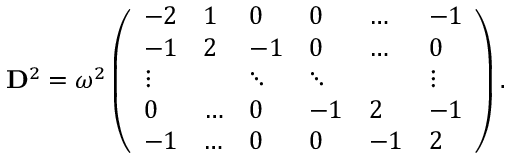
\mathbf { D } ^ { 2 } = \omega ^ { 2 } \left( \begin{array} { l l l l l l } { - 2 } & { 1 } & { 0 } & { 0 } & { \ldots } & { - 1 } \\ { - 1 } & { 2 } & { - 1 } & { 0 } & { \ldots } & { 0 } \\ { \vdots } & & { \ddots } & { \ddots } & & { \vdots } \\ { 0 } & { \ldots } & { 0 } & { - 1 } & { 2 } & { - 1 } \\ { - 1 } & { \ldots } & { 0 } & { 0 } & { - 1 } & { 2 } \end{array} \right) .